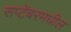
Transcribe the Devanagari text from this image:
सप्टेंबरमधील